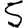
Digit: 5